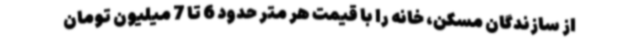
از سازندگان مسکن، خانه را با قیمت هر متر حدود 6 تا 7 میلیون تومان